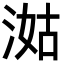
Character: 㴌